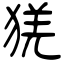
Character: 猐